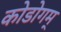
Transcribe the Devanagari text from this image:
कोडोगम्